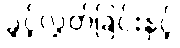
ခွင့်လွှတ်ခြင်းနှင့်